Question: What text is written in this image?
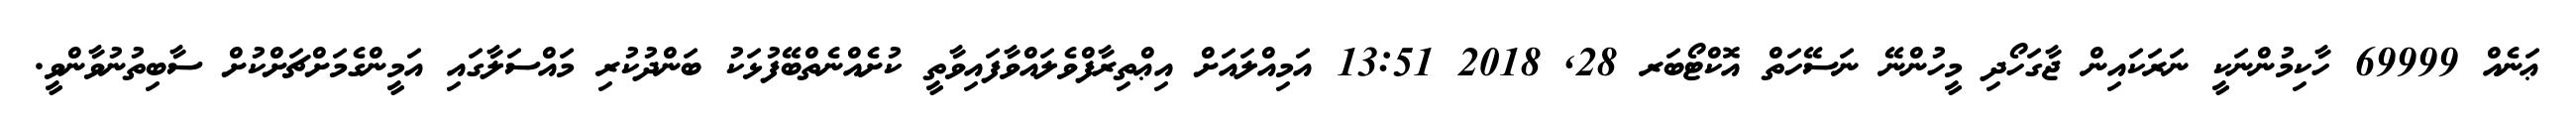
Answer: ޢަނެއް 69999 ހާކިމުންނަކީ ނަރަކައިން ޖާގަހޯދި މީހުންނޭ ނަސޭހަތް އޮކްޓޯބަރ 28, 2018 13:51 އަމިއްލައަށް އިޢްތިރާފްވެލައްވާފައިވާތީ ކުށެއްނެތްބޭފުޅަކު ބަންދުކުރި މައްސަލާގައި އަމީންގެމަށްޗަށްކުށް ސާބިތުނުވާންވީ.